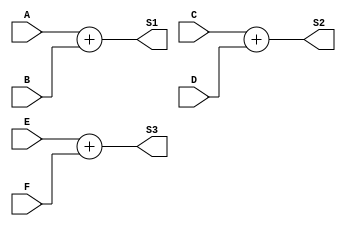
module Subprogram_Function2(
	input 			[3:0] 	A, B, C, D, E, F,
	output	reg	[3:0]		S1, S2, S3
);

function	[3:0]	Sum;
	input 			[3:0] 	Op1, Op2;
	begin
		Sum = Op1 + Op2;
	end
endfunction

always @(*)
begin
	S1 = Sum(A, B);
	S2 = Sum(C, D);
	S3 = Sum(E, F);
end

endmodule